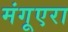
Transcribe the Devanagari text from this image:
मंगूएरा